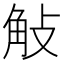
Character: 𧣀